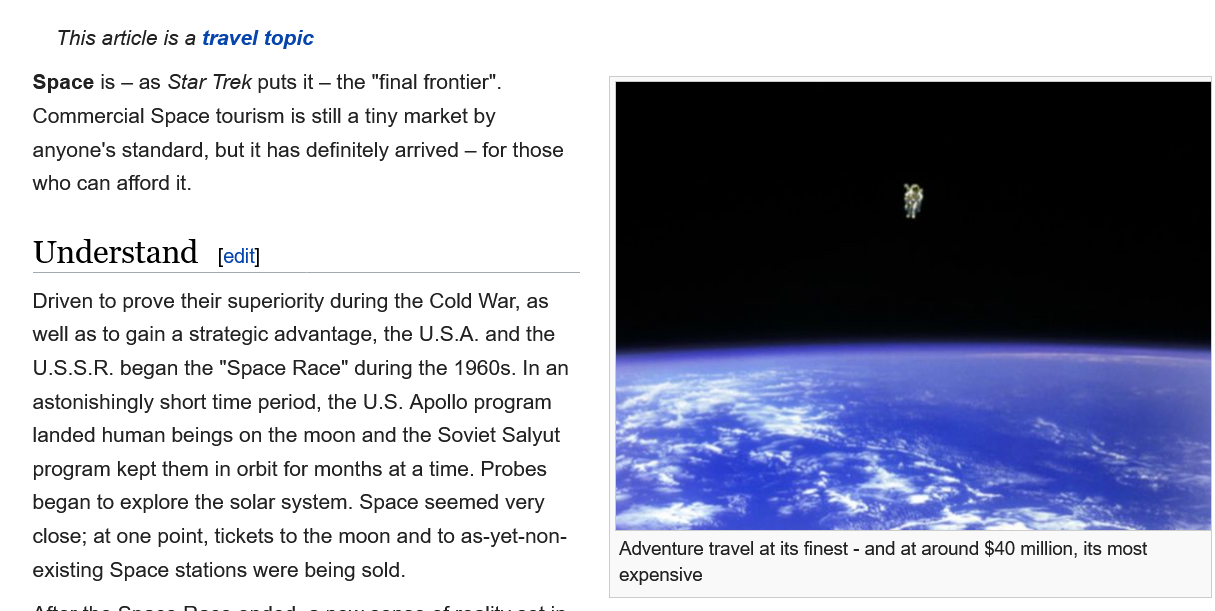
Space is
     — as Star Trek puts it
     —
     the "final frontier".
    Commercial Space tourism is still a tiny market by
    anyone's standard, but it has definitely arrived
     —
     for those
    who can afford it.
    Driven to prove their superiority during the Cold War, as
    well as to gain a strategic advantage, the U.S.A. and the
    U.S.S.R. began the "Space Race" during the 1960s. In an
    astonishingly short time period, the U.S. Apollo program
    landed human beings on the moon and the Soviet Salyut
    program kept them in orbit for months at a time. Probes
    began to explore the solar system. Space seemed very
    close; at one point, tickets to the moon and to as-yet-non-
    existing Space stations were being sold.
     Adventure travel at its finest
     -
     and at around $40 million, its most
     expensive

     This article is a travel topic
    Understand    [edit]